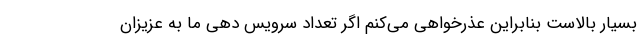
بسیار بالاست بنابراین عذرخواهی می‌کنم اگر تعداد سرویس دهی ما به عزیزان